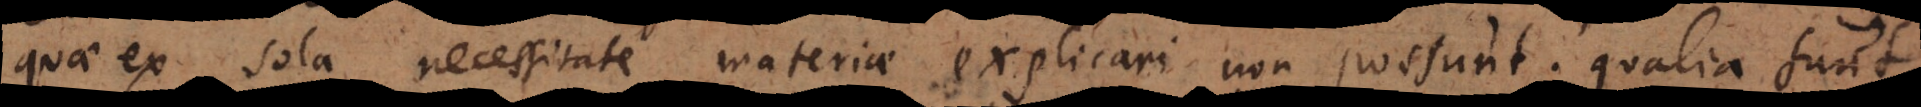
quae ex sola necessitate materiae explicari non possunt; qualia sunt